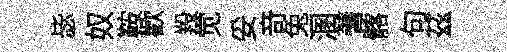
毖奴鞍歡羖觉妥竒兔溷蓍髂句茲